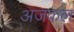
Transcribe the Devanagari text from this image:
अजकल